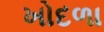
ખોદળા